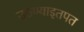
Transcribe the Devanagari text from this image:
उठण्याइतपत